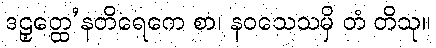
ဒဠှတ္ထေ’နတိရေကေ စာ၊ နဝသေသမှိ တံ တိသု။